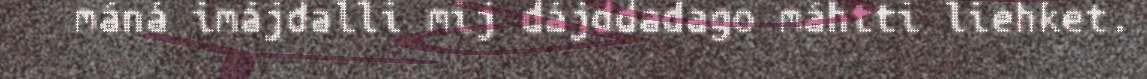
máná imájdalli mij dájddadago máhtti liehket.